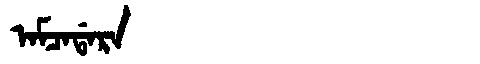
Manchu: ᠠᠮᠴᠠᡩᠠᡵᠠ
Romanization: AMCADARA